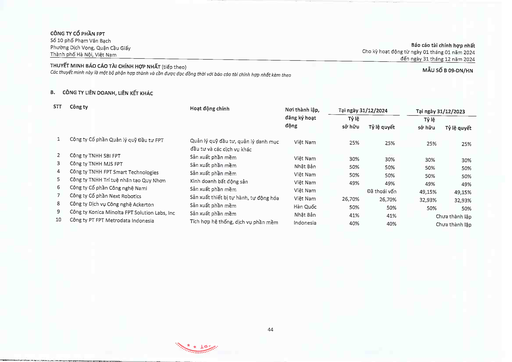
|STT|Công ty|Hoạt động chính|Nơi thành lập|Tại ngày|31/12/2024|Tại ngày|31/12/2023| |---|---|---|---|---|---|---|---| ||||đăng ký hoạt động|Tỷ lệ sở hữu|Tỷ lệ quyết|Tỷ lệ sở hữu|Tỷ lệ quyết| |1|Công ty Cổ phần Quản lý Quỹ Đầu tư FPT|Quản lý quỹ đầu tư, quản lý danh mục|Việt Nam|25%|25%|25%|25%| |||đầu tư và các dịch vụ khác|||||| |2|Công ty TNHH SBI FPT|Sản xuất phần mềm|Việt Nam|30%|30%|30%|30%| |3|Công ty TNHH MJS FPT|Sản xuất phần mềm|Nhật Bản|50%|50%|50%|50%| |4|Công ty TNHH FPT Smart Technologies|Sản xuất phần mềm|Việt Nam|50%|50%|50%|50%| |5|Công ty TNHH Trí tuệ Nhân tạo Quy Nhơn|Kinh doanh bất động sản|Việt Nam|49%|49%|49%|49%| |6|Công ty Cổ phần Công nghệ Nami|Sản xuất phần mềm|Việt Nam||Đã thoái vốn|49,15%|49,15%| |7|Công ty Cổ phần Next Robotics|Sản xuất thiết bị tự hành, tự động hóa|Việt Nam|26,70%|26,70%|32,93%|32,93%| |8|Công ty Dịch vụ Công nghệ Ackerton|Sản xuất phần mềm|Hàn Quốc|50%|50%|50%|50%| |9|Công ty Konica Minolta FPT Solution Labs, Inc|Sản xuất phần mềm|Nhật Bản|41%|41%|Chưa|thành lập| |10|Công ty PT FPT Metrodata Indonesia|Tích hợp hệ thống, dịch vụ phần mềm|Indonesia|40%|40%|Chưa|thành lập|